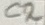
Text: C2